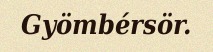
Gyömbérsör.